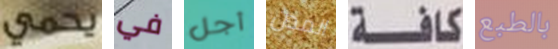
يحمي في أجل المدن كافة بالطبع